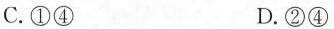
C.①④ D.②④